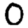
Digit: 0